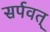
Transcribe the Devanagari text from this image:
सर्पवत्